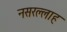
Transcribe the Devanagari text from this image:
नसरल्लाह